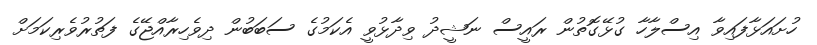
ހުށައަޅާފައިވާ އިސްލާހާ ގުޅޭގޮތުން ރައީސް ނަޝީދު ވިދާޅުވީ އެކަމުގެ ސަބަބުން ދިވެހިރާއްޖޭގެ ފަތުރުވެރިކަމަށް